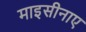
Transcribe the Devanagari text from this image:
माइसीनाए